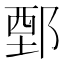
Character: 鄄